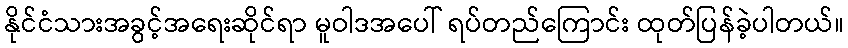
နိုင်ငံသားအခွင့်အရေးဆိုင်ရာ မူဝါဒအပေါ် ရပ်တည်ကြောင်း ထုတ်ပြန်ခဲ့ပါတယ်။